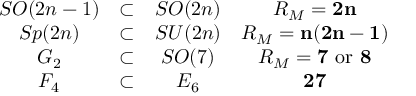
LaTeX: \begin{array} { c c c c c } { { } } & { { S O ( 2 n - 1 ) } } & { { \subset } } & { { S O ( 2 n ) } } & { { R _ { M } = { \bf 2 n } } } \\ { { } } & { { S p ( 2 n ) } } & { { \subset } } & { { S U ( 2 n ) } } & { { R _ { M } = { \bf n ( 2 n - 1 ) } } } \\ { { } } & { { G _ { 2 } } } & { { \subset } } & { { S O ( 7 ) } } & { { R _ { M } = { \bf 7 } \mathrm { \ o r \ } { \bf 8 } } } \\ { { } } & { { F _ { 4 } } } & { { \subset } } & { { E _ { 6 } } } & { { { \bf 2 7 } } } \end{array}